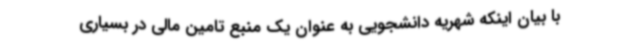
با بیان اینکه شهریه دانشجویی به عنوان یک منبع تامین مالی در بسیاری